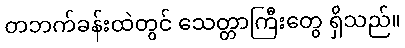
တဘက်ခန်းထဲတွင် သေတ္တာကြီးတွေ ရှိသည်။